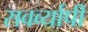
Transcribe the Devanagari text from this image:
सवर्व्यापी